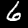
Label: 6